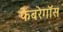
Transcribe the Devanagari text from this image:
फेबरेगॉस